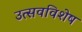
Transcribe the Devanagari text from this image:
उत्सवविशेष